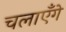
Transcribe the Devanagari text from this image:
चलाएँगे